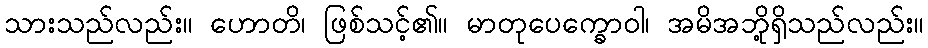
သားသည်လည်း။ ဟောတိ၊ ဖြစ်သင့်၏။ မာတုပေက္ခောဝါ၊ အမိအဘို့ရှိသည်လည်း။